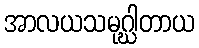
အာလယသမုဂ္ဃါတာယ